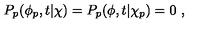
P _ { p } ( \phi _ { p } , t | \chi ) = P _ { p } ( \phi , t | \chi _ { p } ) = 0 \ ,